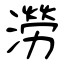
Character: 澇